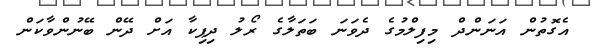
އެގޮތުން އަނަންދް މިފިލްމުގެ ދެވަނަ ބަތަލާގެ ރޯލު ދިޕިކާ އަށް ދޭން ބޭނުންވާކަން